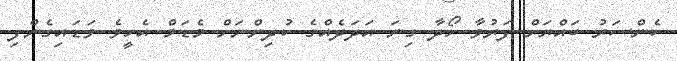
ކެންސަރު ބައްޔަށް ފަރުވާ ހޯދާ ގިނަ އަދަދެއްގެ ކުދިންނަށް މެޑަމް އެހީވެ ވަޑައިގެންފި